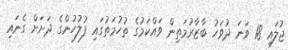
ޖުލައި 18 ވަނަ ދުވަހު ބާޒާރުމަތިން ވައްކަމުގެ ތުހުމަތުގައި ފުލުހުންގެ ދަށަށް ގެނައި